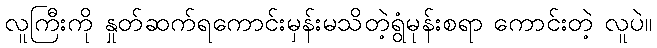
လူကြီးကို နှုတ်ဆက်ရကောင်းမှန်းမသိတဲ့ရွံမုန်းစရာ ကောင်းတဲ့ လူပဲ။